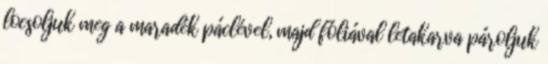
locsoljuk meg a maradék páclével, majd fóliával letakarva pároljuk